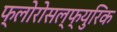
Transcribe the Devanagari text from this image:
फ्लोरोसल्फ्युरिक